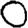
Digit: 0